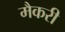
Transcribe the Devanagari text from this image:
मैकरी